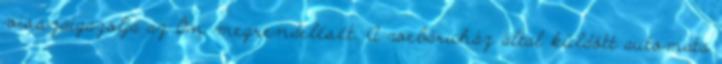
visszaigazolja az Ön megrendelését. A webáruház által küldött automata